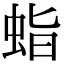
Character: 𧊙